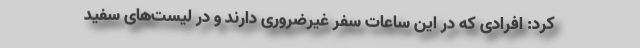
کرد: افرادی که در این ساعات سفر غیرضروری دارند و در لیست‌های سفید